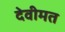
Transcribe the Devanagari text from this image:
देवीमत